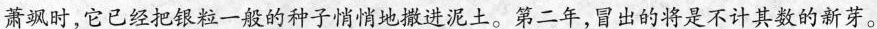
萧飒时，它已经把银粒一般的种子悄悄地撒进泥土。第二年，冒出的将是不计其数的新芽。